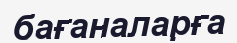
бағаналарға